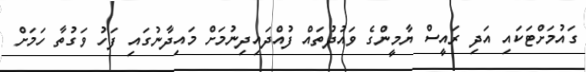
ގައުމަށްޓަކައި އަދި ރައީސް ޔާމީންގެ ވައުދުތައް ފުއްދައިދިނުމަށް މައިދާނުގައި ފަހު ވަގުތާ ހަމަށް